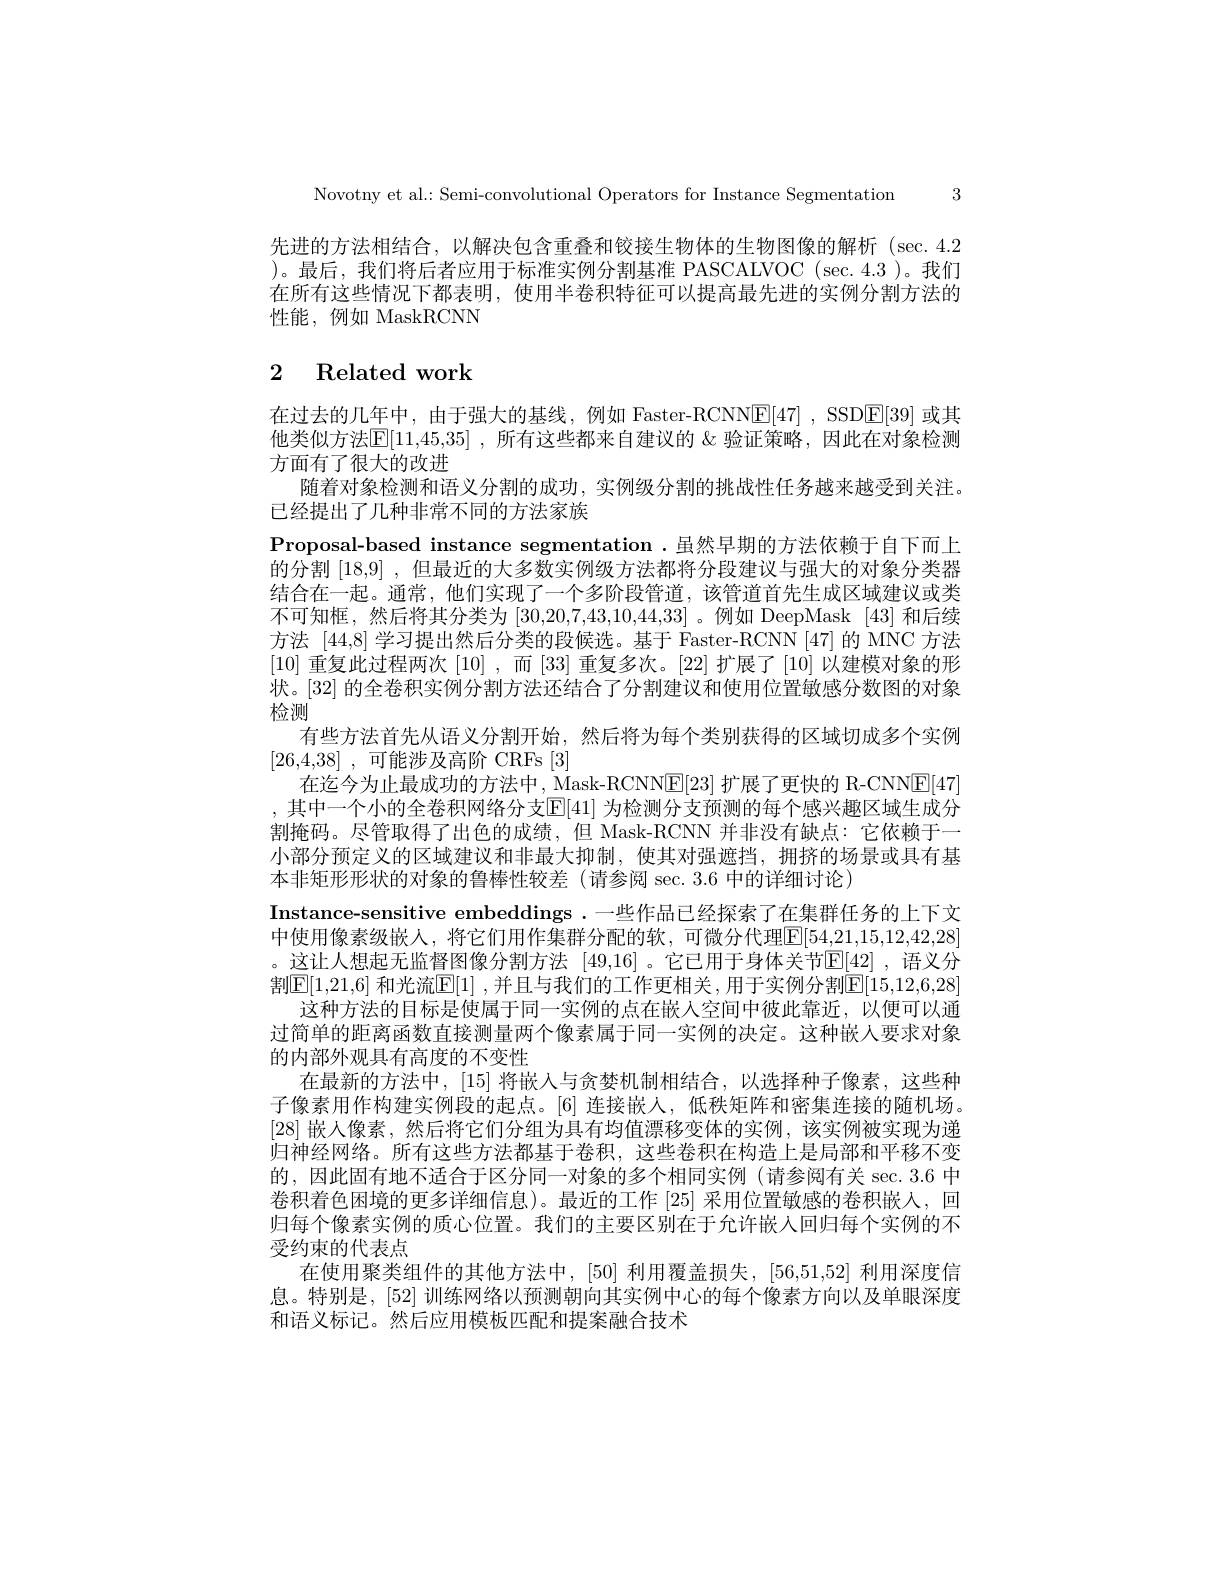
3

Novotny et al.: Semi-convolutional Operators for Instance Segmentation

先进的方法相结合，以解决包含重叠和铰接生物体的生物图像的解析(sec.4.2 )。最后，我们将后者应用于标准实例分割基准 PASCALVOC (sec.4.3)。我们在所有这些情况下都表明，使用半卷积特征可以提高最先进的实例分割方法的性能，例如 MaskRCNN

# 2 Related work

在过去的几年中，由于强大的基线，例如 Faster-RCNN$\underline {\mathrm{E} }[ 47]$ , SSD$\underline{\mathrm{E}}[39]$或其他类似方法$\mathbb{E}[11,45,35]$ ,所有这些都来自建议的 & 验证策略，因此在对象检测方面有了很大的改进
随着对象检测和语义分割的成功，实例级分割的挑战性任务越来越受到关注。
已经提出了几种非常不同的方法家族
Proposal-based instance segmentation.虽然早期的方法依赖于自下而上的分割[18,9] ,但最近的大多数实例级方法都将分段建议与强大的对象分类器结合在一起。通常，他们实现了一个多阶段管道，该管道首先生成区域建议或类不可知框，然后将其分类为[30,20,7,43,10,44,33] 。例如 DeepMask [43]和后续方法[44,8]学习提出然后分类的段候选。基于$\dot{\text{Faster-RCNN[47]的MNC方法}}$ [10]重复此过程两次[10] ,而[33]重复多次。[22]扩展了[10]以建模对象的形状。[32] 的全卷积实例分割方法还结合了分割建议和使用位置敏感分数图的对象检测
有些方法首先从语义分割开始，然后将为每个类别获得的区域切成多个实例
[26,4,38] , ${\text{可 能 涉 及 高 阶 CRFs}}$ [3]
在迄今为止最成功的方法中，Mask-RCNNE[23]扩展了更快的 R-CNNE[47] ,其中一个小的全卷积网络分支E[41] 为检测分支预测的每个感兴趣区域生成分割掩码。尽管取得了出色的成绩，但 Mask-RCNN 并非没有缺点：它依赖于一小部分预定义的区域建议和非最大抑制，使其对强遮挡，拥挤的场景或具有基本非矩形形状的对象的鲁棒性较差(请参阅 sec. 3.6 中的详细讨论)
Instance-sensitive embeddings .一些作品已经探索了在集群任务的上下文中使用像素级嵌人，将它们用作集群分配的软，可微分代理$\boxed{\mathrm{E}[54,21,15,12,42,28]}$ 。这让人想起无监督图像分割方法 [49,16] 。它已用于身体关节$\mathbb{E}[42]$ ,语义分割$\boxed{\mathrm{E}}[1,21,6]$ 和光流$\boxed{\mathrm{E}}[1]$ ,并且与我们的工作更相关 ,用于实例分割$\mathbb{E}[15,12,6,28]$
这种方法的目标是使属于同一实例的点在嵌人空间中彼此靠近，以便可以通过简单的距离函数直接测量两个像素属于同一实例的决定。这种嵌人要求对象的内部外观具有高度的不变性
在最新的方法中，[15] 将嵌入与贪婪机制相结合，以选择种子像素，这些种子像素用作构建实例段的起点。[6] 连接嵌人，低秩矩阵和密集连接的随机场。[28]嵌入像素 ,然后将它们分组为具有均值漂移变体的实例，该实例被实现为递归神经网络。所有这些方法都基于卷积，这些卷积在构造上是局部和平移不变的，因此固有地不适合于区分同一对象的多个相同实例(请参阅有关 sec. 3.6 中卷积着色困境的更多详细信息)。最近的工作[25]采用位置敏感的卷积嵌入，回归每个像素实例的质心位置。我们的主要区别在于允许嵌人回归每个实例的不受约束的代表点
在使用聚类组件的其他方法中，[50] 利用覆盖损失，[56,51,52] 利用深度信息。特别是，[52]训练网络以预测朝向其实例中心的每个像素方向以及单眼深度和语义标记。然后应用模板匹配和提案融合技术